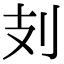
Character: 𠚽